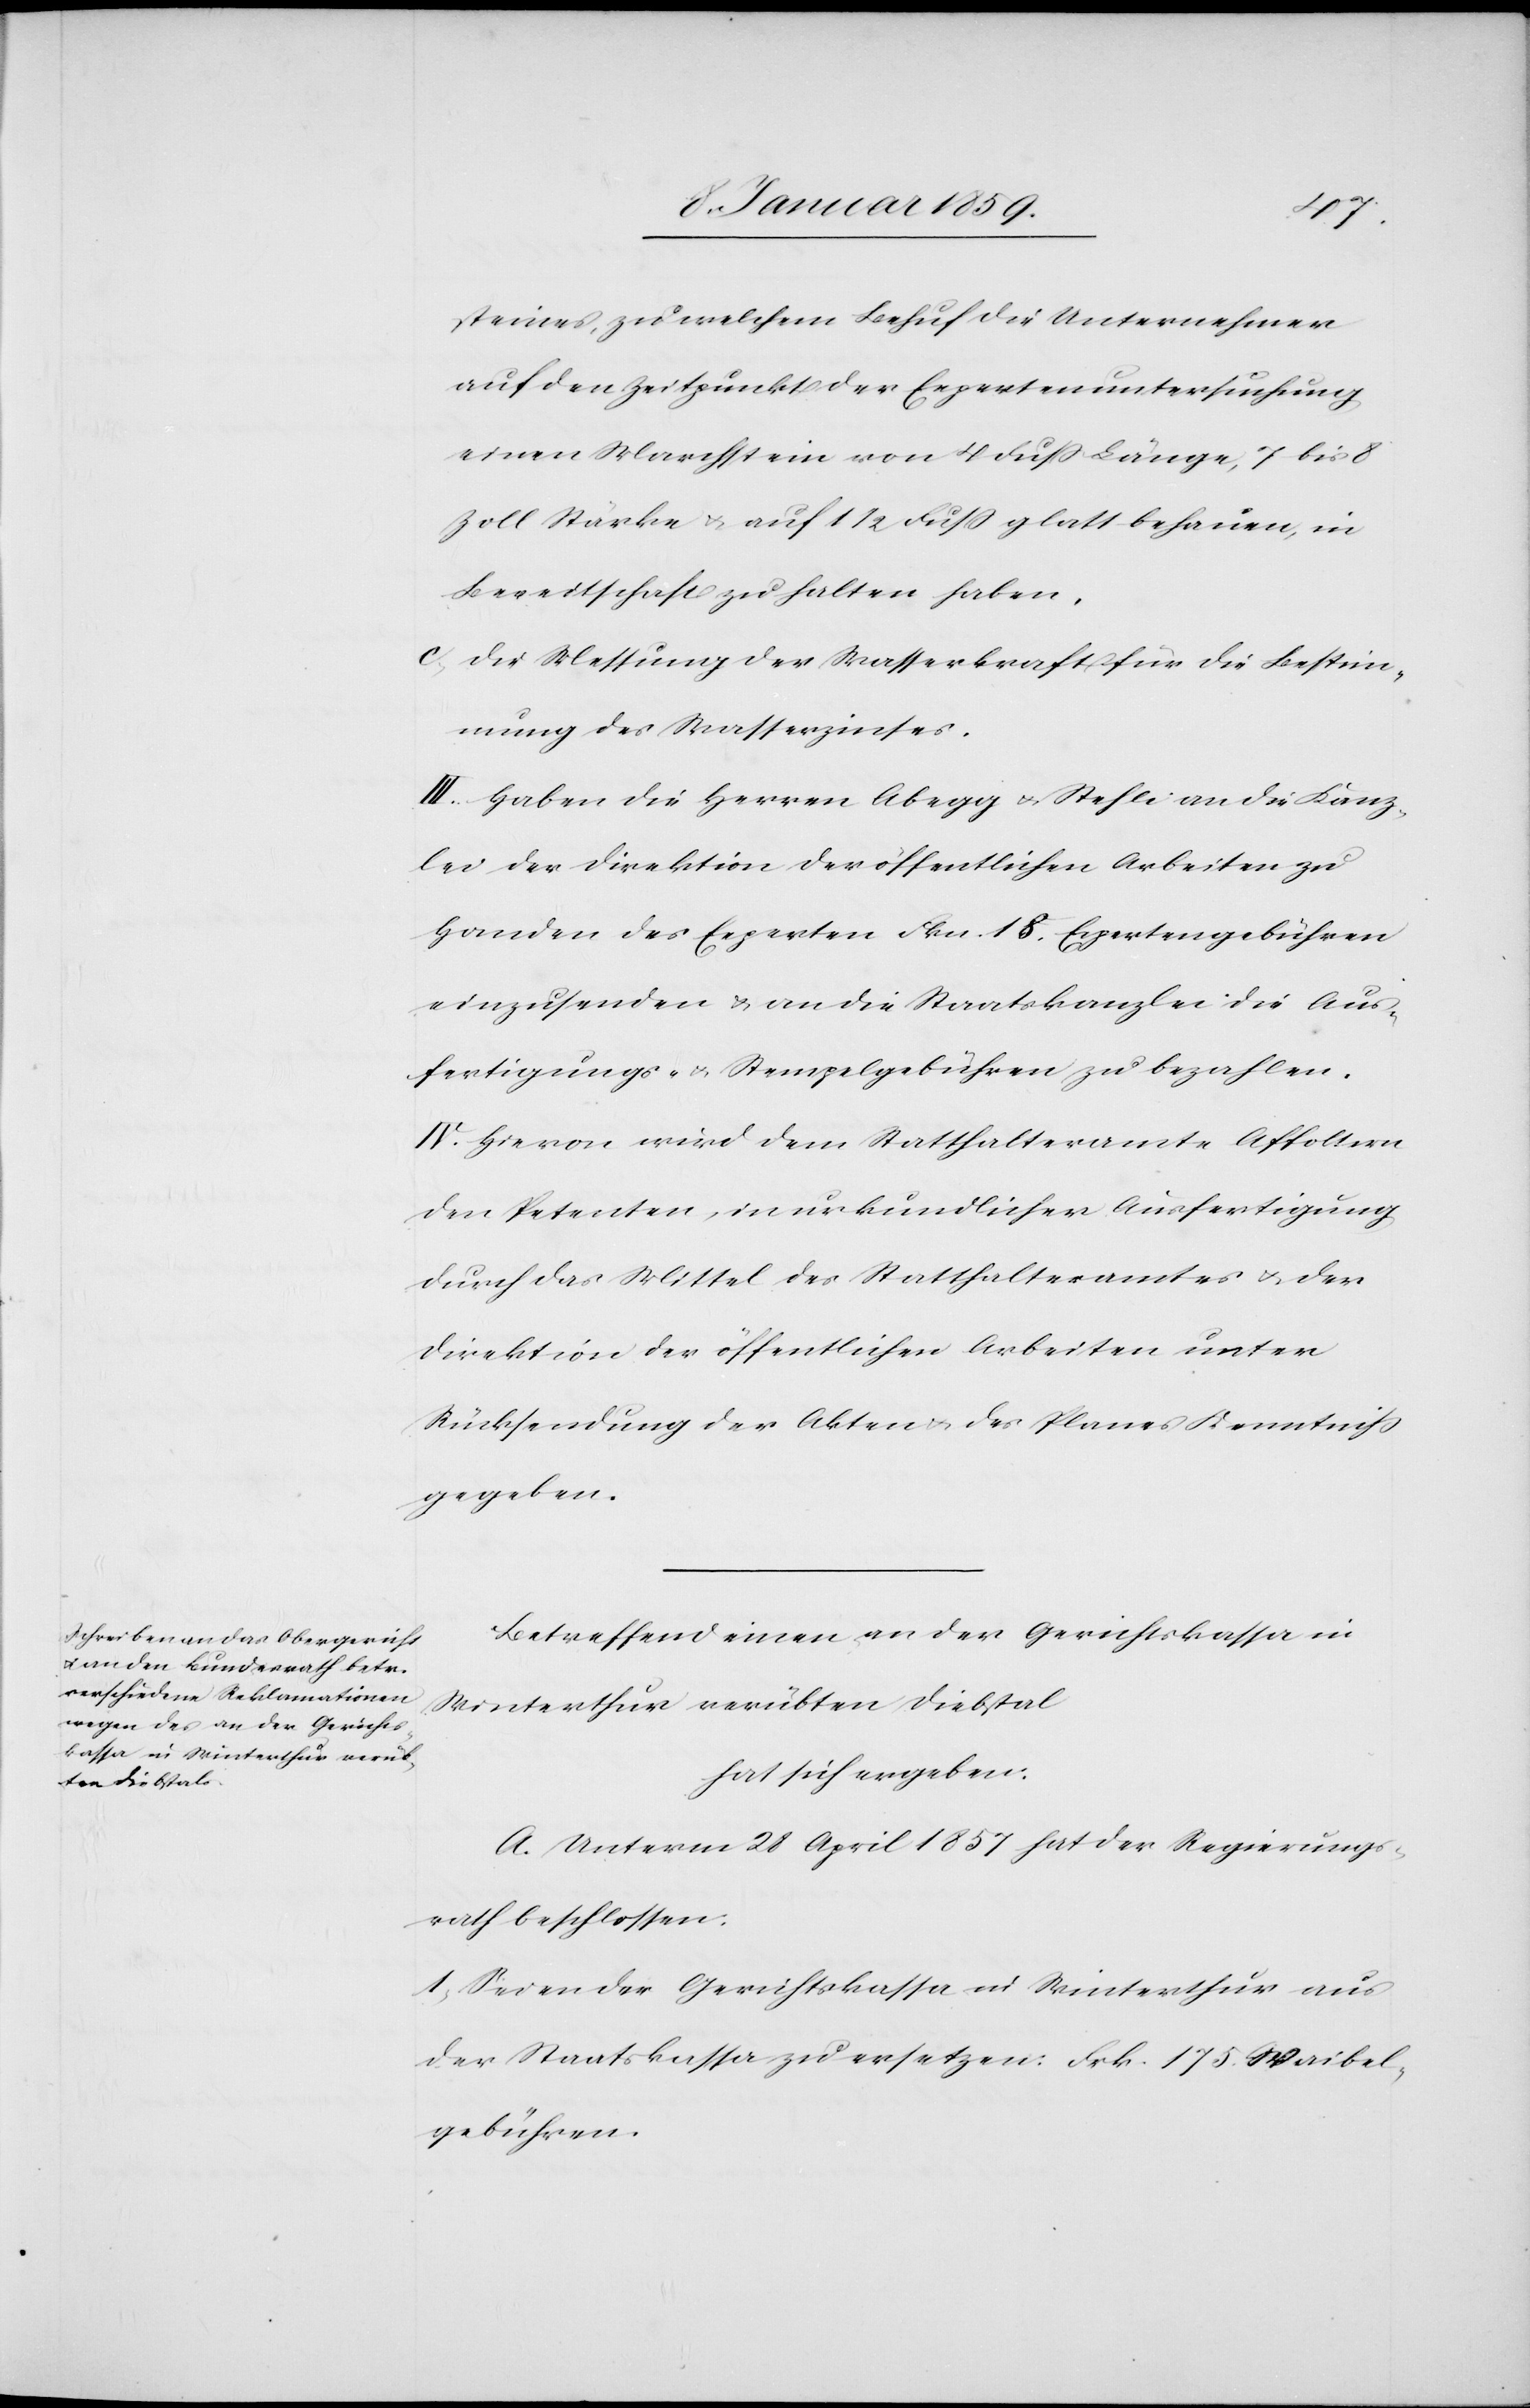
steines, zu welchem Behuf die Unternehmer
auf den Zeitpunkt der Expertenuntersuchung
einen Marchstein von 4 Fuß Länge, 7 bis 8
Zoll Stärke u. auf 11/2 Fuß glatt behauen, in
Bereitschaft zu halten haben.
c. Die Messung der Wasserkraft für die Bestim¬
mung des Wasserzinses.
III. Haben die Herren Abegg u. Stehli an die Kanz¬
lei der Direktion der öffentlichen Arbeiten zu
Handen des Experten Fkn. 18. Expertengebühren
einzusenden u. an die Staatskanzlei die Aus¬
fertigungs- u. Stempelgebühren zu bezahlen.
IV: Hievon wird dem Statthalteramte Affoltern,
den Petenten, in urkundlicher Ausfertigung
durch das Mittel des Statthalteramtes u. der
Direktion der öffentlichen Arbeiten unter
Rücksendung der Akten u. des Planes Kenntniß
gegeben.
Betreffend einen an der Gerichtskassa in
Winterthur verübten Diebstal
hat sich ergeben:
A. Unterm 28 April 1857 hat der Regierungs¬
rath beschlossen:
1. Seien der Gerichtskassa in Winterthur aus
der Staatskassa zu ersetzen: Frk. 175. Waibel¬
gebühren.